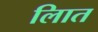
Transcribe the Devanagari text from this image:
लिात